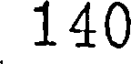
140